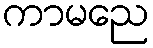
ကာမညေ